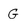
Character: g